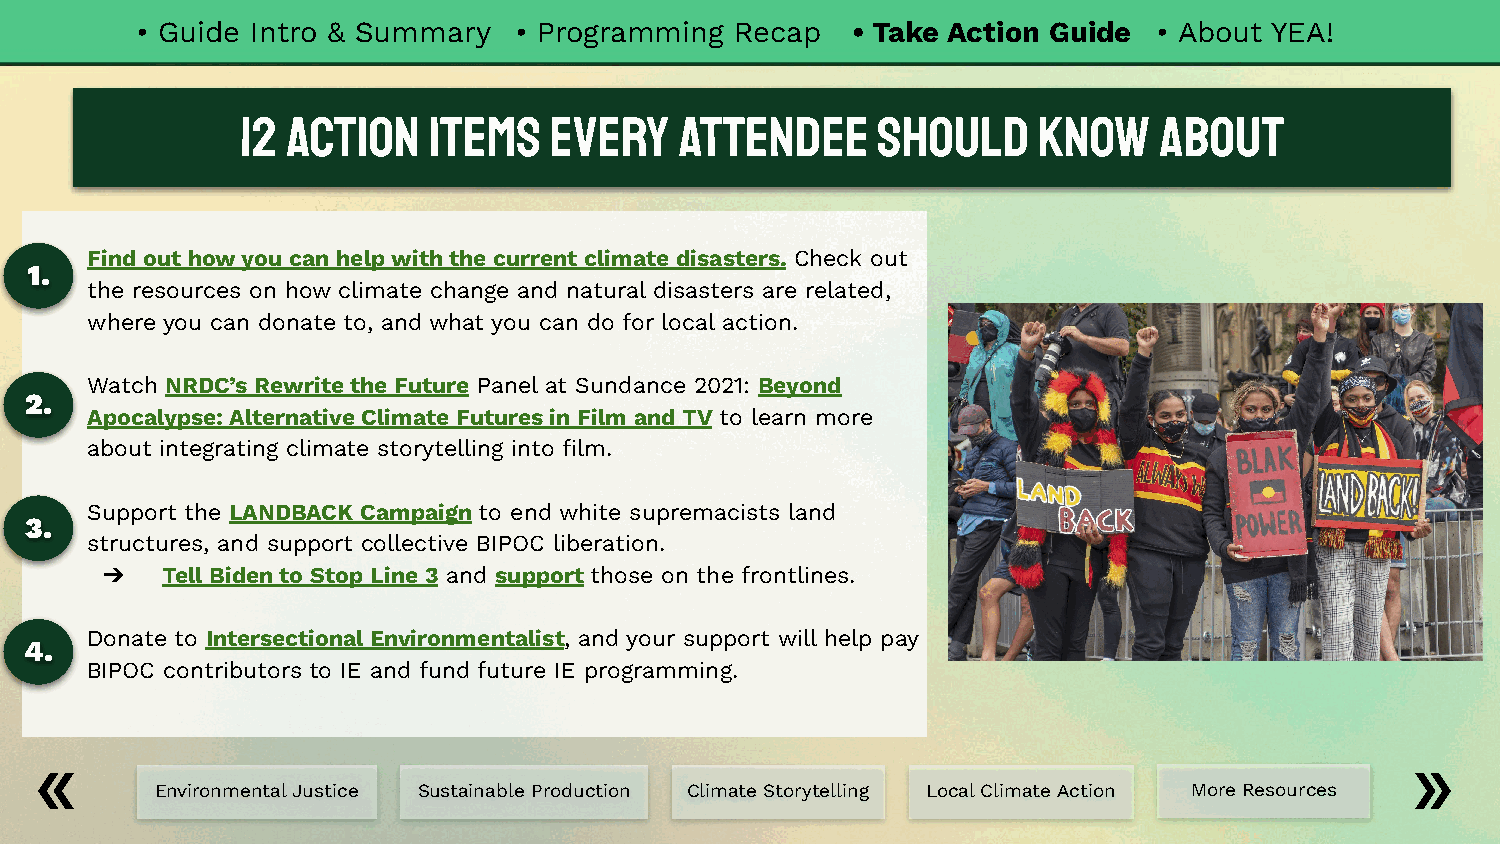
• Guide Intro & Summary  • Programming  Recap  • Take Action Guide  • About YEA!
 12 Action   Items   Every    Attendee     Should     Know    About
 Find out how you can help with the current climate disasters. Check out
 1.
 the resources on how climate change and natural disasters are related,
 where you can donate to, and what you can do for local action.
 Watch NRDC’s Rewrite the Future Panel at Sundance 2021: Beyond
 2.
 Apocalypse: Alternative Climate Futures in Film and TV to learn more
 about integrating climate storytelling into film.
 Support the LANDBACK Campaign to end white supremacists land
 3.
 structures, and support collective BIPOC liberation.
 ➔   Tell Biden to Stop Line 3 and support those on the frontlines.
 Donate to Intersectional Environmentalist, and your support will help pay
 4.
 BIPOC contributors to IE and fund future IE programming.
 Environmental Justice Sustainable Production Climate Storytelling Local Climate Action More Resources